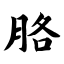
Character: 胳